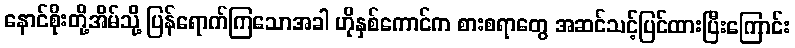
နောင်စိုးတို့အိမ်သို့ ပြန်ရောက်ကြသောအခါ ဟိုနှစ်ကောင်က စားစရာတွေ အဆင်သင့်ပြင်ထားပြီးကြောင်း